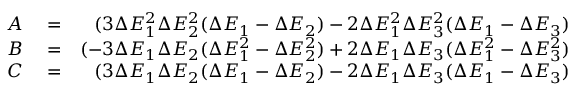
\begin{array} { r l r } { A } & { { } = } & { ( 3 \Delta E _ { 1 } ^ { 2 } \Delta E _ { 2 } ^ { 2 } ( \Delta E _ { 1 } - \Delta E _ { 2 } ) - 2 \Delta E _ { 1 } ^ { 2 } \Delta E _ { 3 } ^ { 2 } ( \Delta E _ { 1 } - \Delta E _ { 3 } ) \strut } \\ { B } & { { } = } & { ( - 3 \Delta E _ { 1 } \Delta E _ { 2 } ( \Delta E _ { 1 } ^ { 2 } - \Delta E _ { 2 } ^ { 2 } ) + 2 \Delta E _ { 1 } \Delta E _ { 3 } ( \Delta E _ { 1 } ^ { 2 } - \Delta E _ { 3 } ^ { 2 } ) \strut } \\ { C } & { { } = } & { ( 3 \Delta E _ { 1 } \Delta E _ { 2 } ( \Delta E _ { 1 } - \Delta E _ { 2 } ) - 2 \Delta E _ { 1 } \Delta E _ { 3 } ( \Delta E _ { 1 } - \Delta E _ { 3 } ) \strut } \end{array}